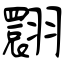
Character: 翾